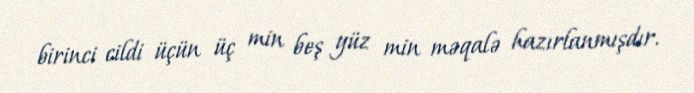
birinci cildi üçün üç min beş yüz min məqalə hazırlanmışdır.